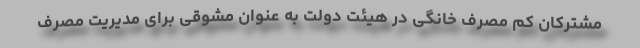
مشترکان کم مصرف خانگی در هیئت دولت به عنوان مشوقی برای مدیریت مصرف